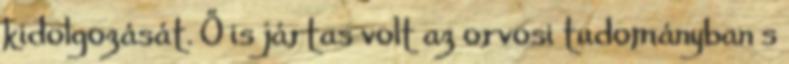
kidolgozását. Ő is jártas volt az orvosi tudományban s